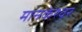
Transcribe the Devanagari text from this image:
मानकेश्वर